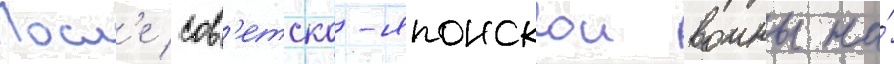
Посл'е сов'етско-японскои воины на́